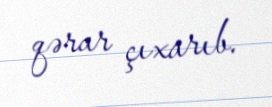
qərar çıxarıb.